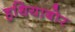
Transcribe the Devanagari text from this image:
हथियाबोर